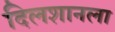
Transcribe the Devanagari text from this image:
दिलशानला